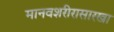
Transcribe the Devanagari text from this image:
मानवशरीरासारखा